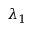
\lambda _ { 1 }